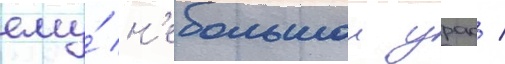
ему́ н'ебольшои урок /